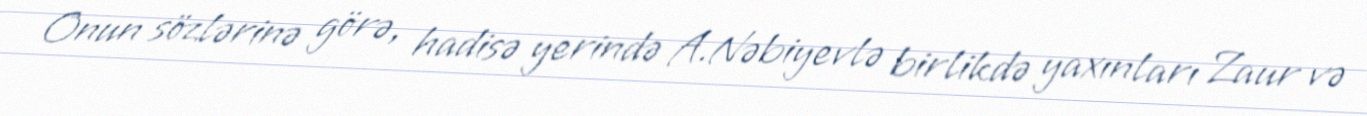
Onun sözlərinə görə, hadisə yerində A.Nəbiyevlə birlikdə yaxınları Zaur və